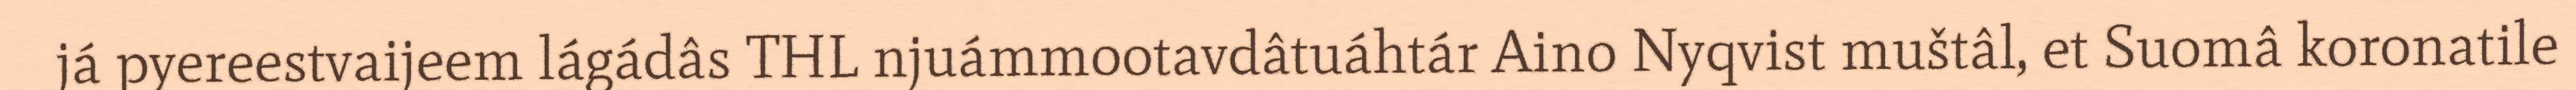
já pyereestvaijeem lágádâs THL njuámmootavdâtuáhtár Aino Nyqvist muštâl, et Suomâ koronatile